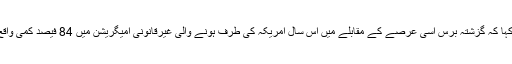
انہوں نے کہا کہ گزشتہ برس اسی عرصے کے مقابلے میں اس سال امریکہ کی طرف ہونے والی غیرقانونی امیگریشن میں 84 فیصد کمی واقع ہوئی ہے۔